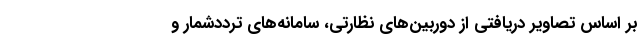
بر اساس تصاویر دریافتی از دوربین‌های نظارتی، سامانه‌های ترددشمار و